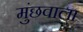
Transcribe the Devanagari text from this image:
मुंछवाला